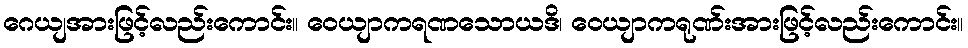
ဂေယျအားဖြင့်လည်းကောင်း။ ဝေယျာကရဏသောယဒိ၊ ဝေယျာကရုဏ်းအားဖြင့်လည်းကောင်း။